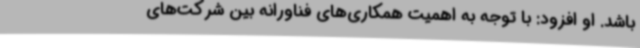
باشد. او افزود: با توجه به اهمیت همکاری‌های فناورانه بین شرکت‌های